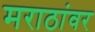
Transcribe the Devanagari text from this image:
मराठांवर